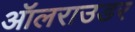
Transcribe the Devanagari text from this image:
ऑलराउडर